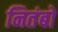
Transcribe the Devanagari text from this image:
नितंबो